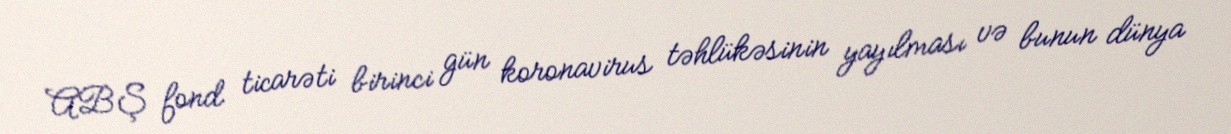
ABŞ fond ticarəti birinci gün koronavirus təhlükəsinin yayılması və bunun dünya